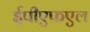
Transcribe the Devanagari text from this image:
ईपीएफएल